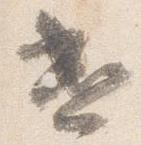
遣